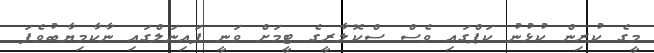
މީގެ ކުރިން ކުޅުނު ކަޕްގައި ވެސް ސްކޮލާރީގެ ޓީމަށް ވަނީ ފައިނަލްގައި ނާކާމިޔާބުވެފަ